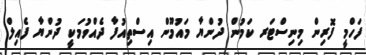
ފަހްމީ ފޮރިން މިނިސްޓަރ ކަމުން ދުންޔާ މައުމޫން އިސްތިއުފާ ދެއްވުމަކީ ދުންޔާ ފެއިލް